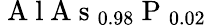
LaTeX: \mathrm{~A~l~A~s~}_{0.98}\mathrm{~P~}_{0.02}